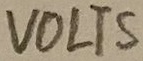
Text: VOLTS